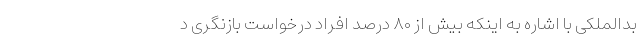
بدالملکی با اشاره به اینکه بیش از ۸۰ درصد افراد درخواست بازنگری د